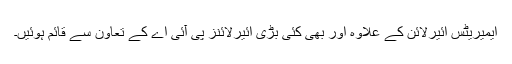
ایمیریٹس ائیرلائن کے علاوہ اور بھی کئی بڑی ائیرلائنز پی آئی اے کے تعاون سے قائم ہوئیں۔